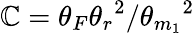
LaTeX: \mathbb{C}={\theta_{F}{\theta_{r}}^{2}}/{{\theta_{m_{1}}}^{2}}